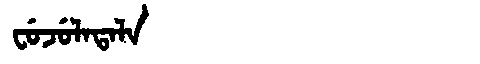
Manchu: ᠸᡠᠵᡠᠯᠠᡨᠠᠯᠠ
Romanization: FUJULATALA